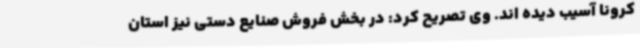
کرونا آسیب دیده اند. وی تصریح کرد: در بخش فروش صنایع دستی نیز استان